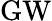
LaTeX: \mathrm{GW}